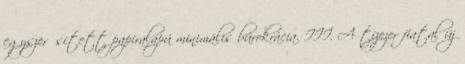
egyszerűsített papíralapú minimális bürokrácia. III. A tízezer fiatal új